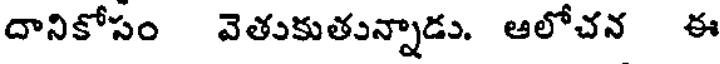
దానికోసం వెతుకుతున్నాడు. ఆలోచన ఈ